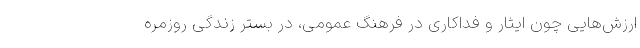
ارزش‌هایی چون ایثار و فداکاری در فرهنگ عمومی، در بستر زندگی روزمره